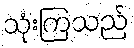
သုံးကြသည်